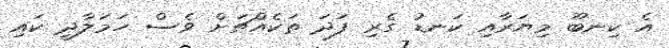
އެ ކިނބޫ މިޔަރާއި ކަނޑު ގެރި ފަދަ ތަކެއްޗަށް ވެސް ހަމަލާދީ ކައި